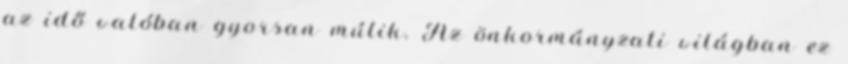
az idő valóban gyorsan múlik. Az önkormányzati világban ez